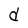
Character: d